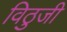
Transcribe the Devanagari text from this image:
विठुजी